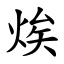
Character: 㶼